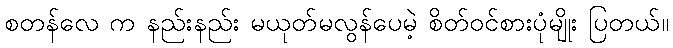
စတန်လေ က နည်းနည်း မယုတ်မလွန်ပေမဲ့ စိတ်ဝင်စားပုံမျိုး ပြတယ်။